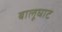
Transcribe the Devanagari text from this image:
बालूघाट